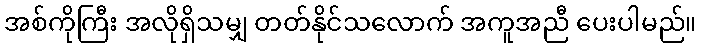
အစ်ကိုကြီး အလိုရှိသမျှ တတ်နိုင်သလောက် အကူအညီ ပေးပါမည်။